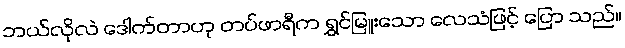
ဘယ်လိုလဲ ဒေါက်တာဟု တပ်ဖာရီက ရွှင်မြူးသော လေသံဖြင့် ပြော သည်။